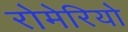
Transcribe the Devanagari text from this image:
रोमेरियो